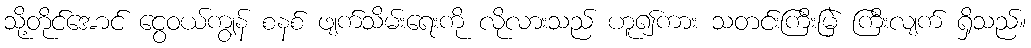
သို့တိုင်အောင် ငွေဝယ်ကျွန် စနစ် ဖျက်သိမ်းရေးကို လိုလားသည် ဟူ၍ကား သတင်းကြီးမြဲ ကြီးလျက် ရှိသည်။